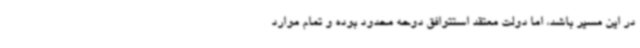
در این مسیر باشد، اما دولت معتقد استتوافق دوحه محدود بوده و تمام موارد